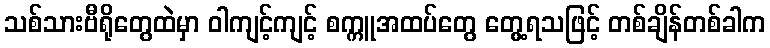
သစ်သားဗီရိုတွေထဲမှာ ဝါကျင့်ကျင့် စက္ကူအထပ်တွေ တွေ့ရသဖြင့် တစ်ချိန်တစ်ခါက